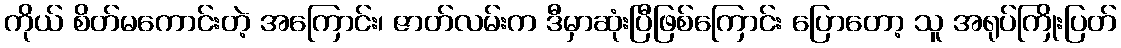
ကိုယ် စိတ်မကောင်းတဲ့ အကြောင်း၊ ဇာတ်လမ်းက ဒီမှာဆုံးပြီဖြစ်ကြောင်း ပြောတော့ သူ အရုပ်ကြိုးပြတ်